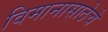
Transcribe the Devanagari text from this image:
विमानासाठेचे